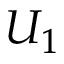
U _ { 1 }